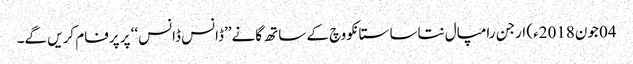
04 جون2018ء) ارجن رامپال نتاسا ستانکووچ کے ساتھ گانے’’ڈانس ڈانس‘‘ پر پرفام کریں گے۔